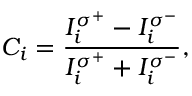
C _ { i } = \frac { I _ { i } ^ { \sigma ^ { + } } - I _ { i } ^ { \sigma ^ { - } } } { I _ { i } ^ { \sigma ^ { + } } + I _ { i } ^ { \sigma ^ { - } } } ,